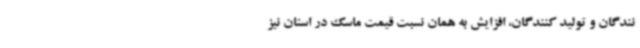
نندگان و تولید کنندگان، افزایش به همان نسبت قیمت ماسک در استان نیز